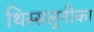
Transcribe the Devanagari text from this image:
थिस्सलुनीका